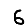
Digit: 6